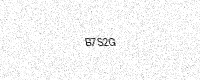
Text: B7S2G